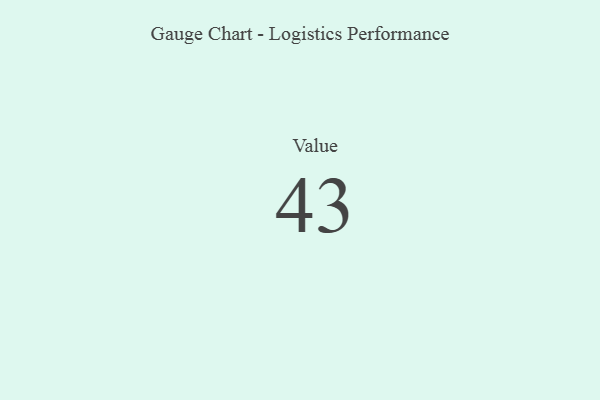
{"axis": {"x": "Metric", "y": "Value"}, "legend": [""], "data": [{"x": "Value", "y": 43, "type": ""}]}